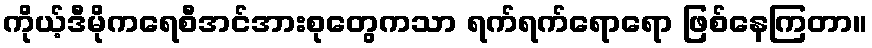
ကိုယ့်ဒီမိုကရေစီအင်အားစုတွေကသာ ရက်ရက်ရောရော ဖြစ်နေကြတာ။